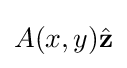
A(x,y){\hat {\mathbf {z} }}